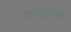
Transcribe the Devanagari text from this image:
शम्भुआ